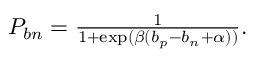
\begin{array} { r } { P _ { b n } = \frac { 1 } { 1 + \exp ( \beta ( b _ { p } - b _ { n } + \alpha ) ) } . } \end{array}